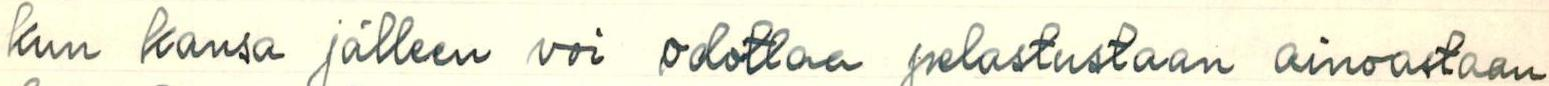
kun kansa jälleen voi odottaa pelastustaan ainoastaan